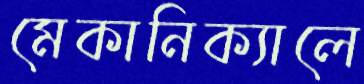
মেকানিক্যালে